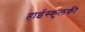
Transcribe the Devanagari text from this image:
हाईस्कूलकी